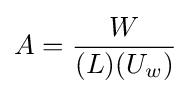
A={\frac {W}{(L)(U_{w})}}